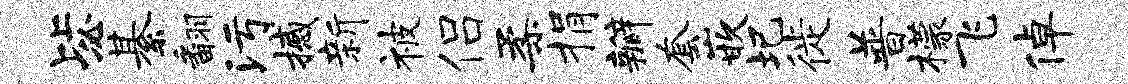
毖綦翻污撼新被侣柔捐瓣套嵌圯徙普檬飞倬